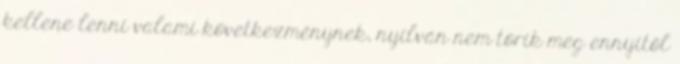
kellene lenni valami következménynek, nyilván nem törik meg ennyitől